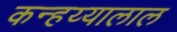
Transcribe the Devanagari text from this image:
कन्हय्यालाल